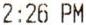
2:26 PM